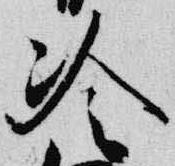
冷